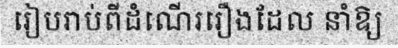
រៀបរាប់ពីដំណើររឿងដែល នាំឱ្យ